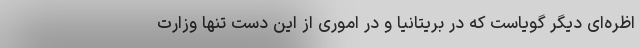
اظره‌ای دیگر گویاست که در بریتانیا و در اموری از این دست تنها وزارت